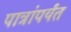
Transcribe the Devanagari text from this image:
पात्रांपर्यंत